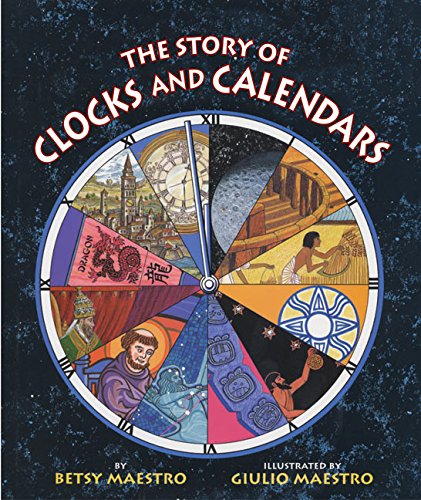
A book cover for The Story of Clocks and Calendars; Betsy Maestro; Children's Books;